Report on horse surra - Volume II, Part II
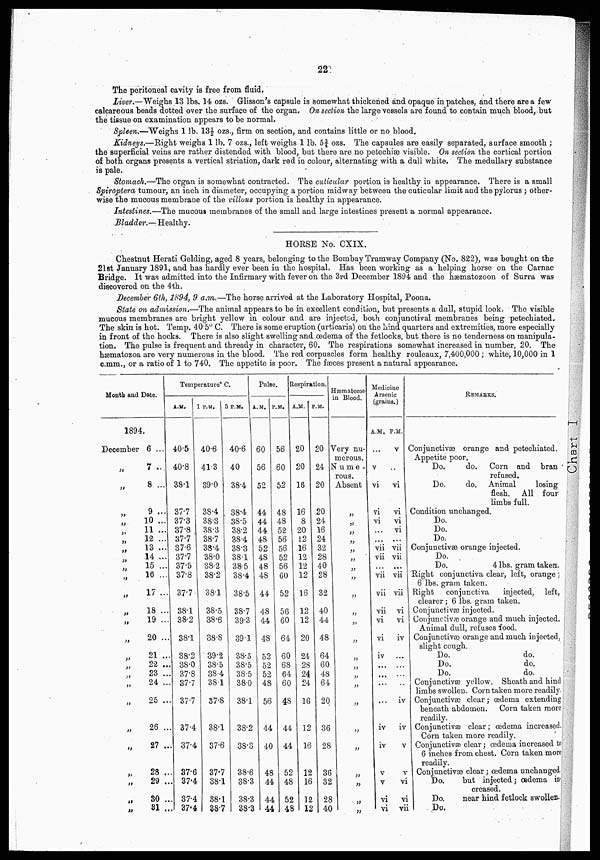
22
The peritoneal cavity is free from, fluid.
Liver.—Weighs 13 lbs. 14 ozs. Glisson's capsule is somewhat thickened and opaque in patches, and there area few
calcareous beads dotted over the surface of the organ. On section the large vessels are found to contain much blood, but
the tissue on examination appears to be normal.
Spleen.—"Weighs 1 lb. 13½ ozs., firm on section, and contains little or no blood.
Kidneys.—Right weighs 1 lb. 7 ozs., left weighs 1 lb. 5¾ ozs. The capsules are easily separated, surface smooth ;
the superficial veins are rather distended with blood, but there are no petechiæ visible. On section the cortical portion
of both organs presents a vertical striation, dark red in colour, alternating with a dull white. The medullary substance
is pale.
Stomach.—The organ is somewhat contracted. The cuticular portion is healthy in appearance. There is a small
Spiroptera tumour, an iuch in diameter, occupying a portion midway between the cuticular limit and the pylorus ; other-
wise the mucous membrane of the villous portion is healthy in appearance.
Intestines.—The mucous membranes of the small and large intestines present a normal appearance.
Bladder.—Healthy.
HORSE No. CXIX.
Chestnut Herati Gelding, aged 8 years, belonging to the Bombay Tramway Company (No. 822), was bought on the
21st January 1891, and has hardly ever been in the hospital. Has been working as a helping horse on the Carnac
Bridge. It was admitted into the Infirmary with fever on the 3rd December 1894 and the hæmatozoon of Surra was
discovered on the 4th.
December 6th, 1894, 9 a.m.—The horse arrived at the Laboratory Hospital, Poona.
State on admission.—The animal appears to be in excellent condition, but presents a dull, stupid look. The. visible
mucous membranes are bright yellow in colour and are injected, both conjunctival membranes being petechiated.
The skin is hot. Temp. 40.5° C. There is some eruption (urticaria) on the hind quarters and extremities, move especially
in front of the hocks. There is also slight swelling and oedema of the fetlocks, but there is no tenderness on manipula-
tion. The pulse is frequent and thready in character, 60. The respirations somewhat increased in number, 20. The
hæmatozoa are very numerous in the blood. The red corpuscles form healthy rouleaux, 7,400,000; white, 10,000 in 1
c.mm., or a ratio of 1 to 740. The appetite is poor. The fæces present a natural appearance.
Month and Date.
1894.
December
"
„
„
„
„
„
„
„
„
„
„
„
„
„
„
„
„
„
„
„
„
„
„
„
„
6 ...
7 ..
8 ...
9 ...
10 ...
11 ...
12 ...
13 ...
14 ...
15 ...
16 ...
17 ...
18 ...
19 ...
20 ...
21 ..
22 ..
23 ..
24 ..
25 ..
26 ..
27 ..
28 ..
29 ..
30 ..
31 ..
Temperature° C.
A.M.
40.5
40.8
38.1
37.7
37.3
37.8
37.7
37.6
37.7
37.5
37.8
37.7
38.1
38.2
38.1
38.2
38.0
37.8
37.7
37.7
37.4
37.4
37.6
37.4
37.4
37.4
1 P.M.
40.6
41.3
89.0
38.4
38.3
38.3
38.7
5 P.M.
40.6
40
38.4
38.4
38.5
38.2
38.4
38.4
38.3
38.0
38.2
38.2
38.1
38.1
38.5
38.4
38.5
Pulse.
A.M.
60
56
52
44
44
44
48
52
48
48
48
44
38.5
38.6
38.8
39.2
38.5
38.4
38.1
37.8
38.1
37.6
37.7
38.1
38.1
38.7
38.7
39.3
39.1
38.5
38.5
38.5
38.0
38.1
38.2
38.3
38.6
38.3
38.3
38.3
48
44
48
52
52
52
48
56
44
40
48
44
44
44
P.M.
56
60
52
48
48
52
56
56
52
56
60
52
56
60
64
60
68
64
60
48
44
44
52
48
52
48
Respiration.
A .M.
20
20
16
16
8
20
12
16
12
12
12
16
12
12
20
24
28
24
24
16
12
16
12
16
12
12
P.M.
20
24
20
20
24
16
24
32
28
40
28
32
40
44
48
64
60
48
64
20
36
28
36
32
28
40
Hæmatozoa
in Blood,
Very nu-
merous.
N u m e -
rous.
Absent
„
„
„
„
„
„
„
„
„
„
„
„
„
„
„
„
„
„
„
„
„
„
Medicine
Arsenic
(grains.)
A.M.
...
v
vi
vi
vi
...
...
vii
vii
...
vii
vii
vii
vi
vi
iv
...
...
...
iv
iv
v
v
vi
vi
P.M.
v
...
vi
vi
vi
vi
...
vii
vii
...
vii
vii
vi
vi
iv
...
...
...
...
iv
iv
v
v
vi
vi
vii
REMARKS.
Conjunctivæ orange and petechiated.
Appetite poor.
Do.
do. Corn and bran
refused.
Do.
do. Animal
losing
flesh. All four
limbs full.
Condition unchanged.
Do.
Do.
Do.
Conjunctivæ orange injected.
Do.
Do.
4 lbs. gram taken.
Right conjunctiva clear, left, orange
6 lbs. gram taken.
Right conjunctiva
injected, left,
clearer; 6 lbs. gram taken.
Conjunctivæ injected.
Conjunctivæ orange and much injected.
Animal dull, refuses food.
Conjunctiva) orange and much injected,
slight cough.
Do.
do.
Do.
do.
Do.
do.
Conjunctivæ yellow. Sheath and hind
limbs swollen. Corn taken more readily.
Conjunctivæ clear; oedema extending
beneath abdomen. Corn taken more
readily.
Conjunctivæ clear; oedema increased.
Corn taken more readily.
Conjunctivæ clear; œdema increased to
6 inches from chest. Corn taken more
readily.
Conjunctivæ clear; oedema unchanged,
Do.
but injected; oedema in
Do.
near hind fetlock swollen.
Do